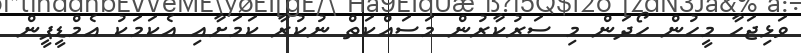
ވަޅިޖަހާ މީހުން ހޯދަން މި ސަރުކާރުން މަސައްކަތް ނުކުރާ ކަމަށާއި އެކަމަކު އެމްޑީޕީން